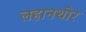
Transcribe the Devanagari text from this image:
लहानथोर